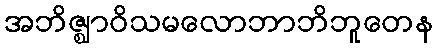
အဘိဇ္ဈာဝိသမလောဘာဘိဘူတေန